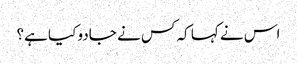
اس نے کہا کہ کس نے جادو کیا ہے؟